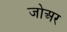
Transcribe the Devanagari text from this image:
जोअर